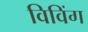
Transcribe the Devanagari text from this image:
विविंग